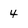
Character: 4